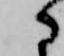
に